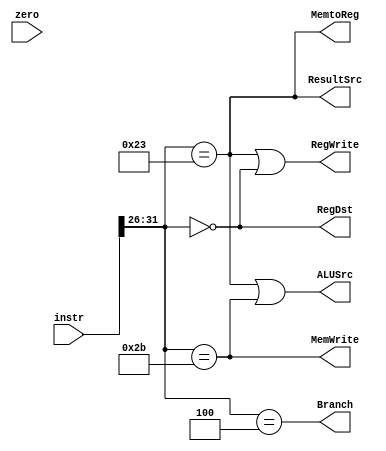
module main_dec (
    input [31:0] instr,
    input zero,
    output RegWrite, ALUSrc, MemWrite, ResultSrc, Branch, RegDst, MemtoReg //Jump,
);

wire [5:0] opcode;
assign opcode = instr [31:26];

wire [5:0] funct;
assign funct = instr [5:0];

// I and J type instructions
wire is_lw = (opcode == 6'b100011);
wire is_sw = (opcode == 6'b101011);
wire is_beq = (opcode == 6'b000100);

// R-instructions 
wire is_add = (opcode == 6'b000000) & (funct == 6'b100000);
wire is_sub = (opcode == 6'b000000) & (funct == 6'b100010);
wire is_and = (opcode == 6'b000000) & (funct == 6'b100100);
wire is_or =  (opcode == 6'b000000) & (funct == 6'b100101);
wire is_slt = (opcode == 6'b000000) & (funct == 6'b101010);


assign RegWrite = is_lw | (opcode == 6'b000000);
assign ALUSrc = is_lw | is_sw;
assign MemWrite = is_sw;
assign ResultSrc = is_lw;
assign Branch = is_beq; // | jal
assign RegDst = (opcode == 6'b000000);
assign MemtoReg = is_lw;
endmodule